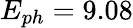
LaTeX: E_{ph}=9.08